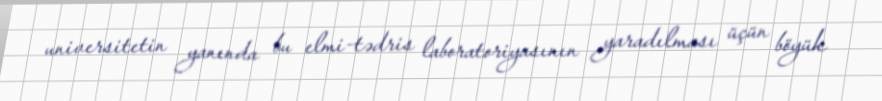
universitetin yanında bu elmi-tədris laboratoriyasının yaradılması üçün böyük